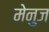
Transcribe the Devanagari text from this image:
मेनुज